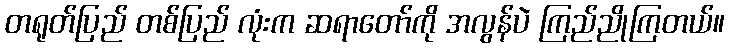
တရုတ်ပြည် တစ်ပြည် လုံးက ဆရာတော်ကို အလွန်ပဲ ကြည်ညိုကြတယ်။